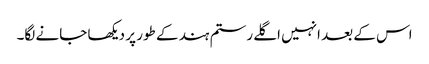
اس کے بعد انہیں اگلے رستم ہند کے طور پر دیکھا جانے لگا۔